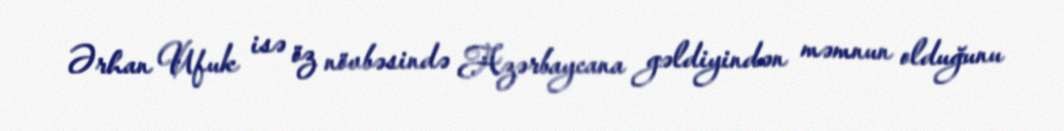
Ərhan Ufuk isə öz növbəsində Azərbaycana gəldiyindən məmnun olduğunu